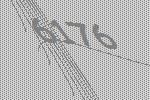
6176